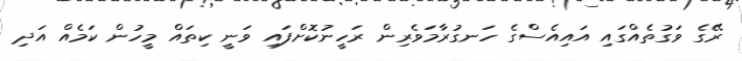
ރޭގެ ވަގުތެއްގައި އައިއެސްގެ ހަނގުރާމަވެރިން ރަހީނުކޮށްފައި ވަނީ ކިތައް މީހުން ކަމެއް އަދި